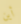
أين